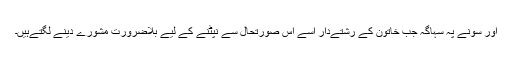
اور سونے پہ سہاگہ جب خاتون کے رشتےدار اسے اس صورتحال سے نپٹنے کے لیے بلاضرورت مشورے دینے لگتےہیں۔